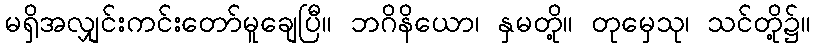
မရှိအလျှင်းကင်းတော်မူချေပြီ။ ဘဂိနိယော၊ နှမတို့။ တုမှေသု၊ သင်တို့၌။